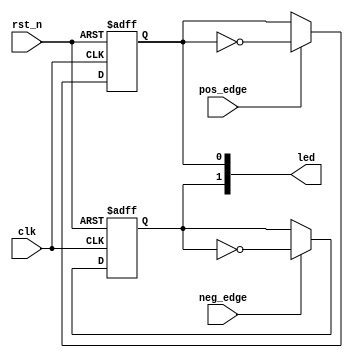
module led (
	input clk,    // Clock
	input rst_n,  // Asynchronous reset active low
	input pos_edge,
	input neg_edge,
	output reg [1:0]led
);
	reg [31:0]cnt;


	always @(posedge clk or negedge rst_n) 
	begin : proc_
		if(~rst_n)
			begin
			 led[0] <= 1'd0;
			end
		else 
			begin
				if(pos_edge)
					led[0] = ~led[0];
				
				else
					led[0] <= led[0];
			end
	end

	always @(posedge clk or negedge rst_n) 
	begin : proc_2
		if(~rst_n)
			begin
			 led[1] <= 1'd0;
			end
		else 
			begin
				if(neg_edge)
					led[1] = ~led[1];
				else
					led[1] <= led[1];
			end
	end


endmodule